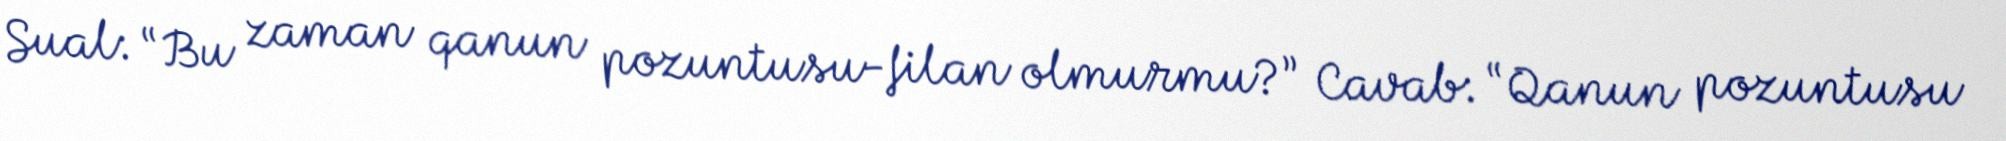
Sual: “Bu zaman qanun pozuntusu-filan olmurmu?” Cavab: “Qanun pozuntusu